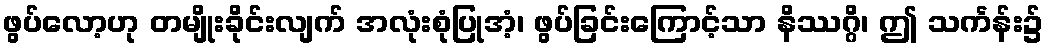
ဖွပ်လော့ဟု တမျိုးခိုင်းလျက် အလုံးစုံပြုအံ့၊ ဖွပ်ခြင်းကြောင့်သာ နိဿဂ္ဂိ၊ ဤ သင်္ကန်း၌